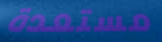
مستعدة